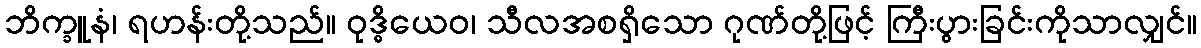
ဘိက္ခူနံ၊ ရဟန်းတို့သည်။ ဝုဒ္ဓိယေဝ၊ သီလအစရှိသော ဂုဏ်တို့ဖြင့် ကြီးပွားခြင်းကိုသာလျှင်။